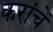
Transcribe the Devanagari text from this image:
करांचें